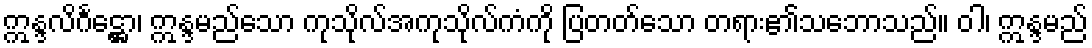
ဣန္ဒလိင်္ဂဋ္ဌော၊ ဣန္ဒမည်သော ကုသိုလ်အကုသိုလ်ကံကို ပြတတ်သော တရား၏သဘောသည်။ ဝါ၊ ဣန္ဒမည်